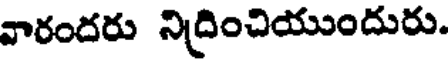
వారందరు నిద్రించియుందురు.